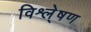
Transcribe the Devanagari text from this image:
विश्ले्षण